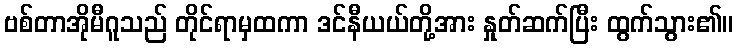
ဗစ်တာအိုမီဂူသည် တိုင်ရာမှထကာ ဒင်နီယယ်တို့အား နှုတ်ဆက်ပြီး ထွက်သွား၏။